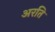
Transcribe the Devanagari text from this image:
अरति